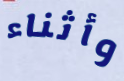
وأثناء